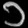
Digit: ၁